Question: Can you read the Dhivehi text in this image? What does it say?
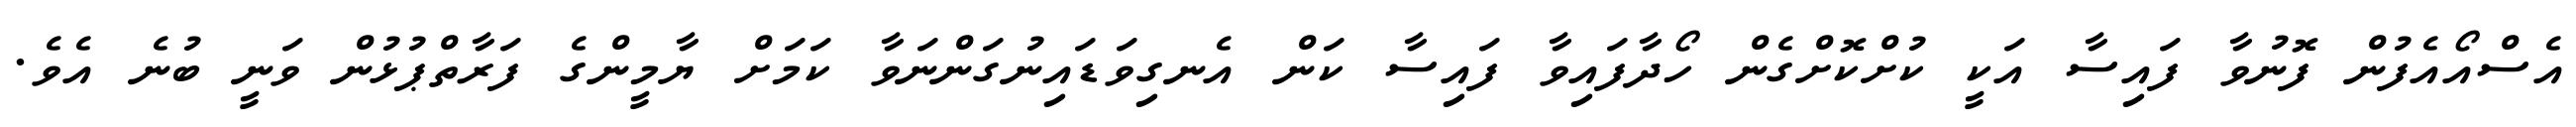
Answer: އެސްއޯއެފުން ފޮނުވާ ފައިސާ އަކީ ކުށްކޮށްގެން ހޯދާފައިވާ ފައިސާ ކަން އެނގިވަޑައިނުގަންނަވާ ކަމަށް ޔާމީންގެ ފަރާތްޕުޅުން ވަނީ ބުނެ އެވެ.